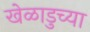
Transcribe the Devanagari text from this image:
खेळाडुच्या